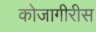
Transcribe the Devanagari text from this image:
कोजागीरीस